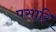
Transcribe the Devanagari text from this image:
पसारि